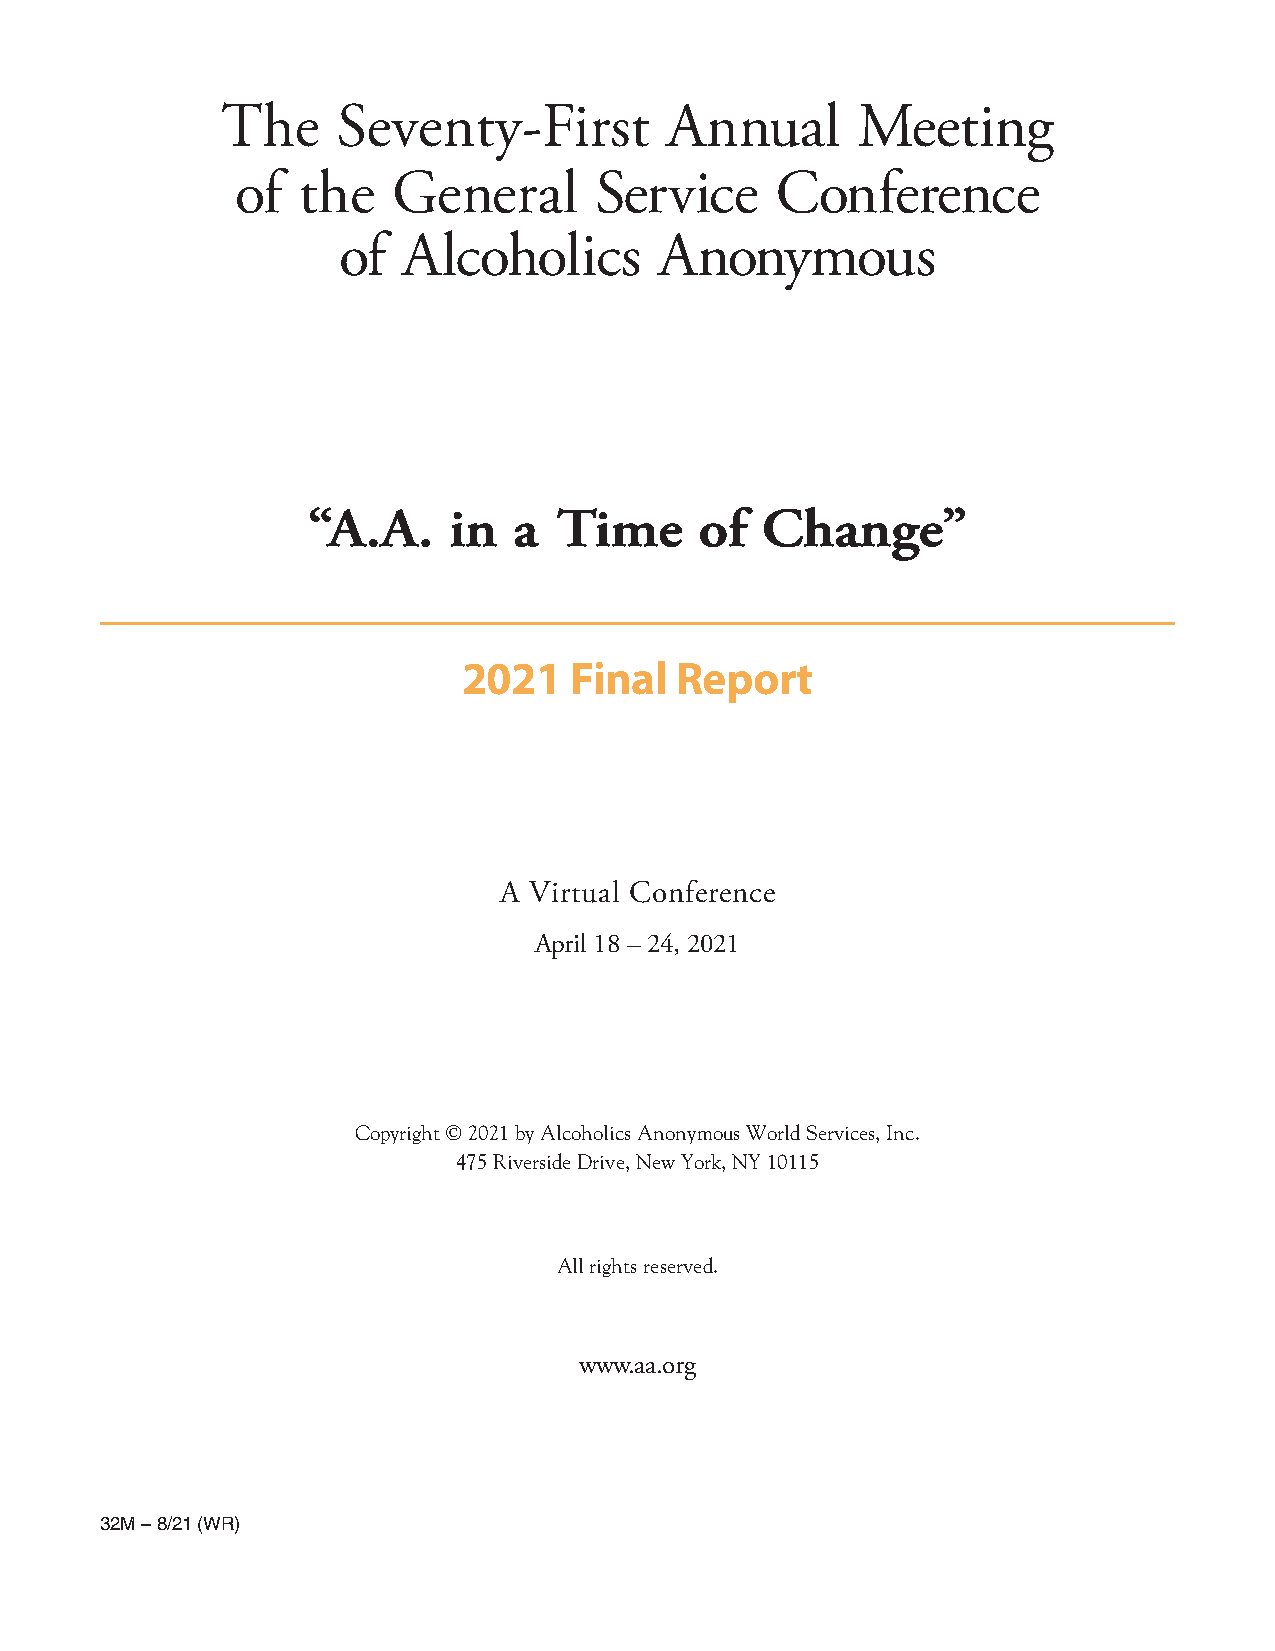
The    Seventy-First         Annual       Meeting
 of  the   General      Service     Conference
 of   Alcoholics       Anonymous
 ““AA..AA.. iinn aa TTiimmee ooff CChhaannggee””
 2021   Final  Report
 A Virtual Conference
 April 18 – 24, 2021
 Copyright © 2021 by Alcoholics Anonymous World Services, Inc.
 475 Riverside Drive, New York, NY 10115
 All rights reserved.
 www.aa.org
 32M – 8/21 (WR)